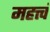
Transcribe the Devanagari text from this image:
महत्त्वं